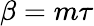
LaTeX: \beta=m\tau